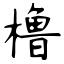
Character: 橹